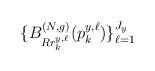
LaTeX: \begin{align*}\{B^{(N,g)}_{R r^{y,\ell}_k}(p^{y,\ell}_k)\}^{J_y}_{\ell=1}\end{align*}